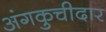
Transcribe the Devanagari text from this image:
अंगकुचीदार